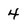
Character: 4